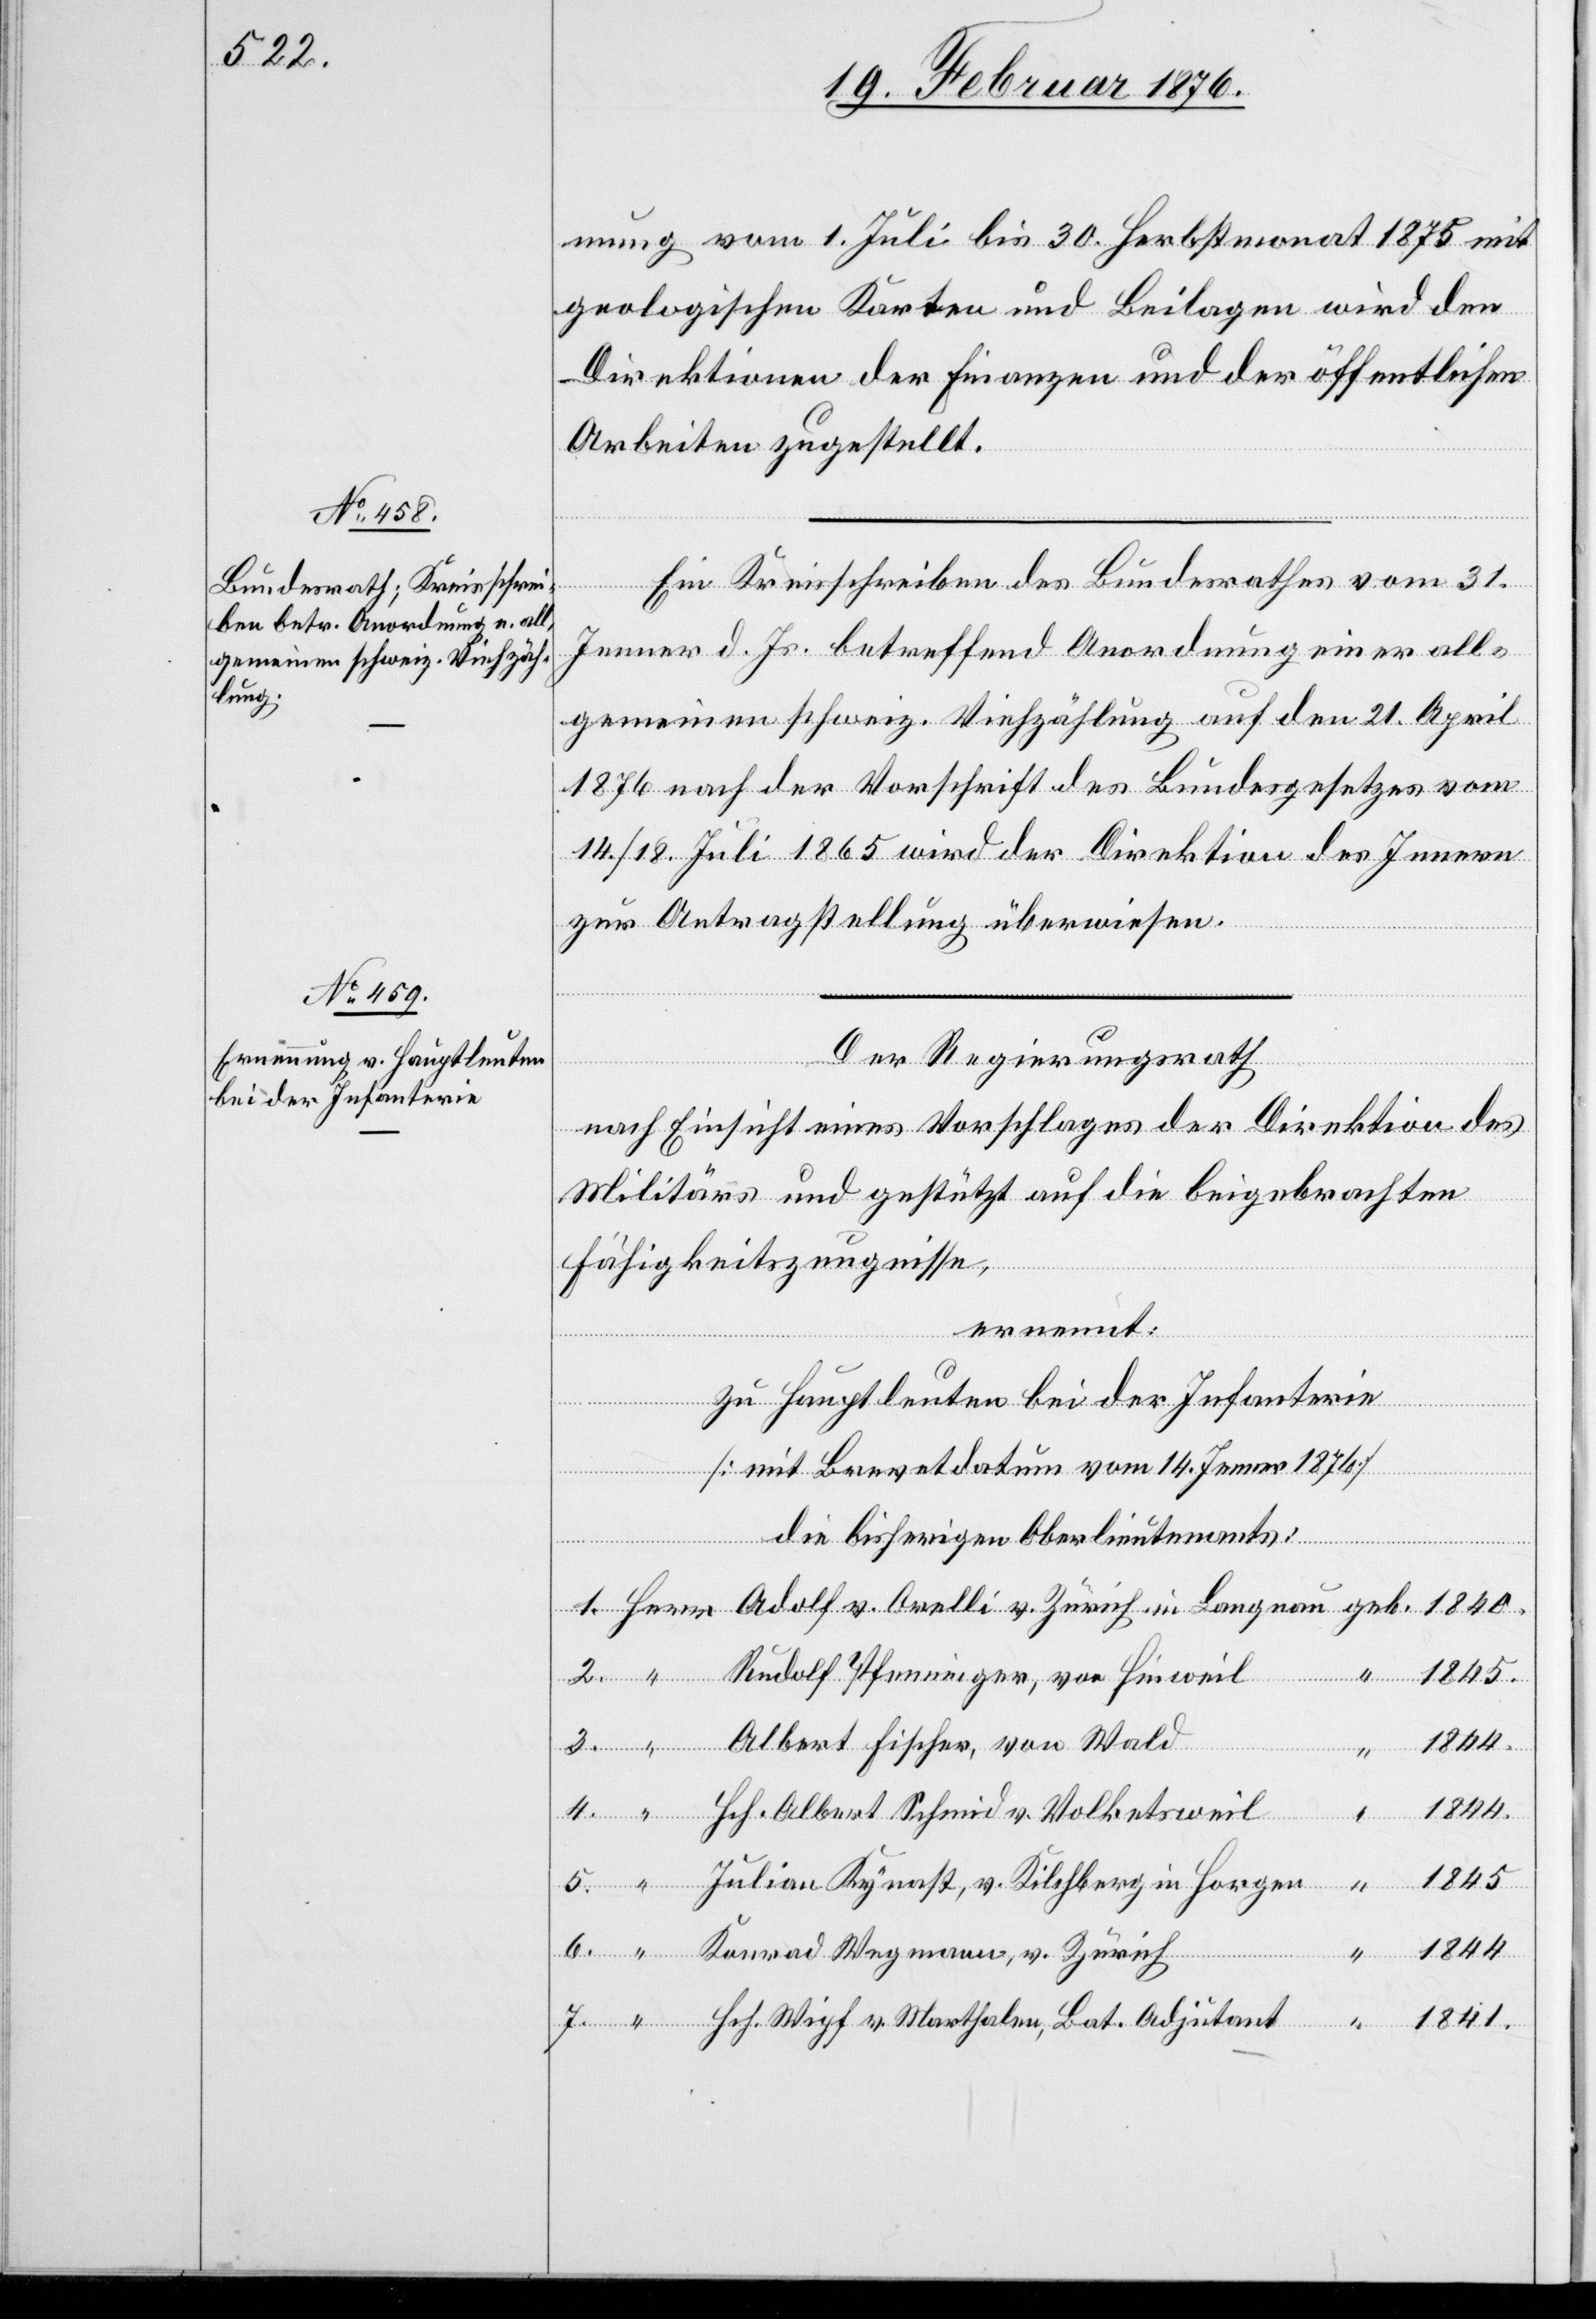
mung vom 1. Juli bis 3. Herbstmonat 1875 mit
geologischen Karten und Beilagen wird den
Direktionen der Finanzen und der öffentlichen
Arbeiten zugestellt.
Ein Kreisschreiben des Bundesrathes vom 31.
Jenner d. Js. betreffend Anordnung einer all¬
gemeinen schweiz. Viehzählung auf den 21. April
1876 nach der Vorschrift des Bundesgesetzes vom
14./18. Juli 1865 wird der Direktion des Innern
zur Antragstellung überwiesen.
Der Regierungsrath
nach Einsicht eines Vorschlages der Direktion des
Militärs und gestützt auf die beigebrachten
Fähigkeitszeugnisse,
ernennt:
in
zu Hauptleuten bei der Infanterie
v.
“
[mit Brevetdatum vom 14. Jenner 1876]
die bisherigen Oberlieutenants:
Rudolf Pfenninger, von Hinweil
Albert Fischer, von Wald
Hch. Albert Schmid v. Volketsweil
1845
Julian Kynast, v. Kilchberg in Horgen
1844
4.
1841
7.
Joh. Wipf v. Marthalen, Bat. Adjutant